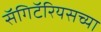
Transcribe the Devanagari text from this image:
सॅगिटॅरियसच्या